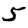
Digit: 5